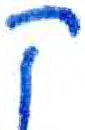
אות: ק